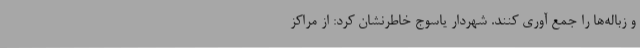
و زباله‌ها را جمع آوری کنند. شهردار یاسوج خاطرنشان کرد: از مراکز